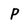
Character: P